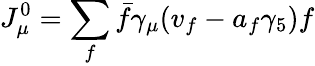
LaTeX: J_{\mu}^{0}=\sum_{f}\bar{f}\gamma_{\mu}(v_{f}-a_{f}\gamma_{5})f